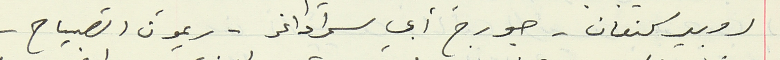
روبير كنعان - جورج أبي سمرا داغر - ريمون الصياح -